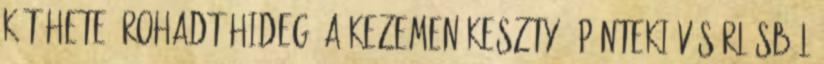
két hete: rohadt hideg, a kezemen kesztyű, pénteki vásárlásból